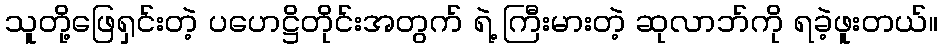
သူတို့ဖြေရှင်းတဲ့ ပဟေဋ္ဌိတိုင်းအတွက် ရဲ့ ကြီးမားတဲ့ ဆုလာဘ်ကို ရခဲ့ဖူးတယ်။